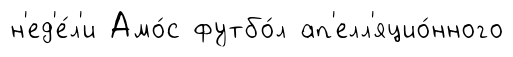
н'ед'е́л'и Амо́с футбо́л ап'елл'яцио́нного